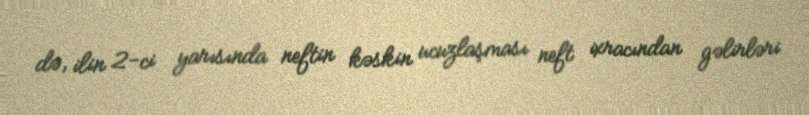
də, ilin 2-ci yarısında neftin kəskin ucuzlaşması neft ixracından gəlirləri